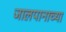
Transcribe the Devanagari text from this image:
जालपानाच्या